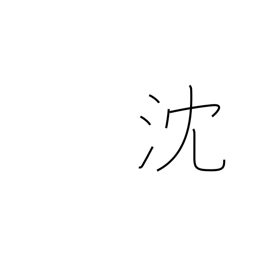
Meaning: be depressed